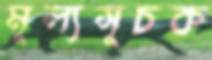
মূল্যসূচক